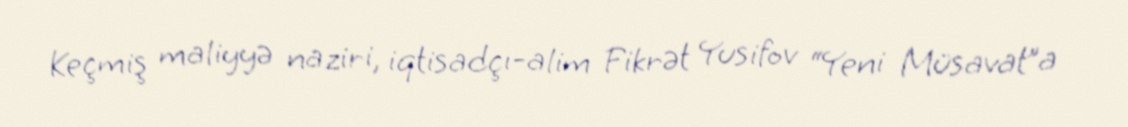
Keçmiş maliyyə naziri, iqtisadçı-alim Fikrət Yusifov “Yeni Müsavat”a